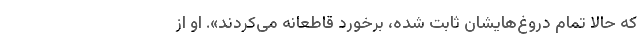
که حالا تمام دروغ‌هایشان ثابت شده، برخورد قاطعانه می‌کردند». او از